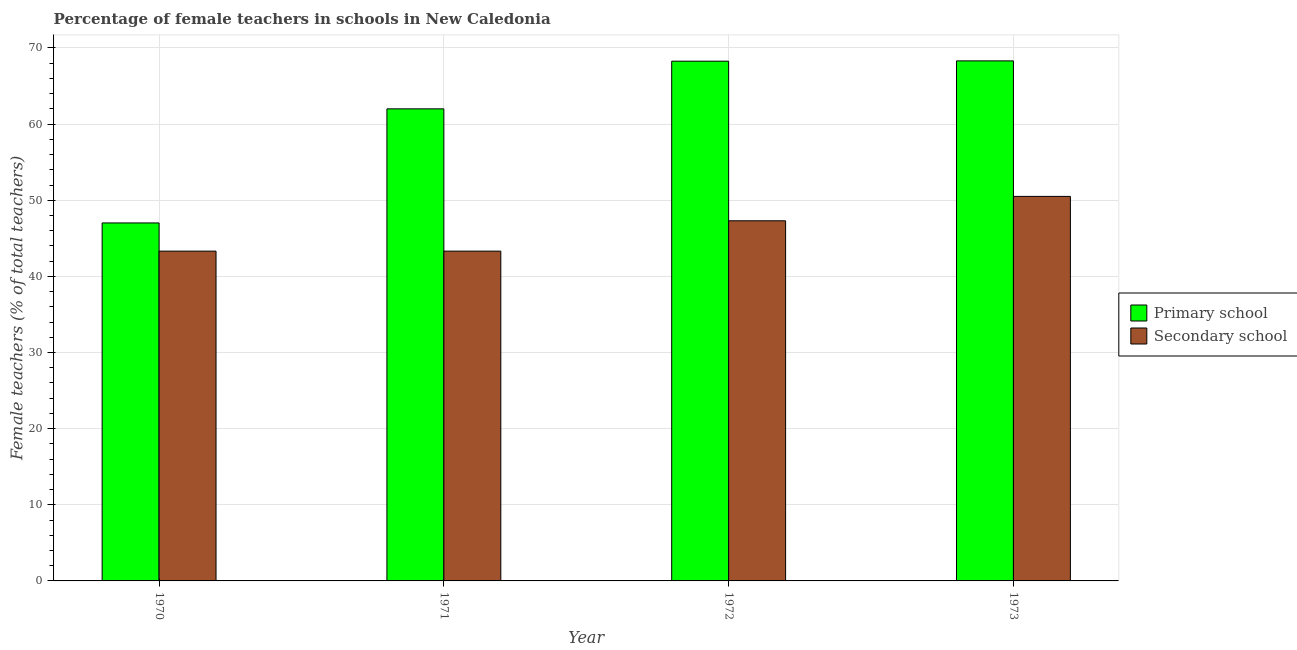
| Year | Primary school | Secondary school |
 | --- | --- | --- |
 | 1970 | 47 | 43.3 |
 | 1971 | 62 | 43.3 |
 | 1972 | 68.3 | 47.3 |
 | 1973 | 68.3 | 50.5 |